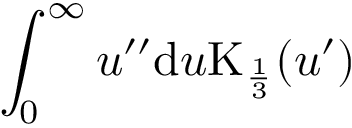
\int _ { 0 } ^ { \infty } u ^ { \prime \prime } \mathrm { d } u \mathrm { K } _ { \frac { 1 } { 3 } } ( u ^ { \prime } )